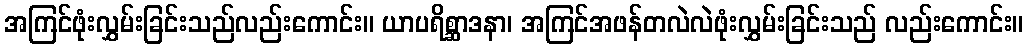
အကြင်ဖုံးလွှမ်းခြင်းသည်လည်းကောင်း။ ယာပရိစ္ဆာဒနာ၊ အကြင်အဖန်တလဲလဲဖုံးလွှမ်းခြင်းသည် လည်းကောင်း။